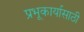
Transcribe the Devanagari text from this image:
प्रभूकार्यासाठी